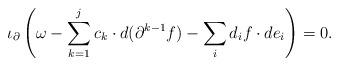
LaTeX: \begin{align*} \iota_\partial \left( \omega - \sum_{k =1}^j c_k \cdot d(\partial^{k-1}f) - \sum_i d_i f \cdot de_i \right) = 0.\end{align*}